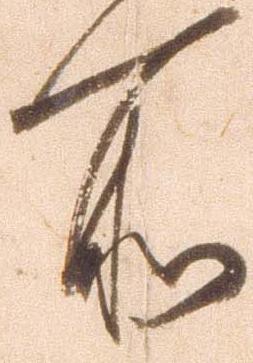
所